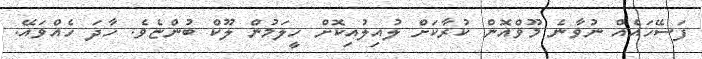
ފަސޭހައެއް ނުވާނެ މޫވްއޮން ކުރާކަށް ލުއިލުއިކޮށް ހީލަމުން ލޫކް ބުންޏެވެ. ހާދަ ހެއްވައޭ.